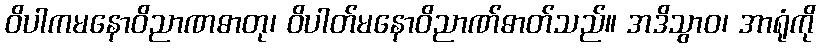
ဝိပါကမနောဝိညာဏဓာတု၊ ဝိပါတ်မနောဝိညာဏ်ဓာတ်သည်။ အဒိသွာဝ၊ အာရုံကို